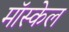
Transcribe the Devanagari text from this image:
मॉस्केल